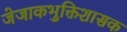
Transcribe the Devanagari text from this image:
जेजाकभुक्तिशासक